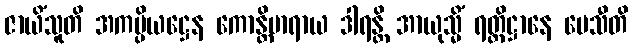
ဇာယိံသူတိ အကမ္ပိယဋ္ဌေန ကောန္တိမာရာယ ဒါရန္တိ အာယုသ္မိံ ရတ္တိဋ္ဌာနေ ပေသီတိ